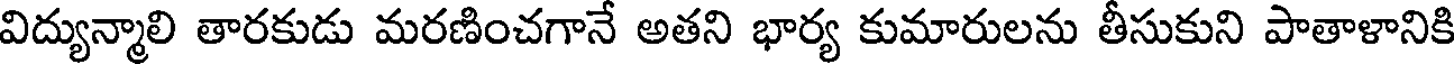
విద్యున్మాలి తారకుడు మరణించగానే అతని భార్య కుమారులను తీసుకుని పాతాళానికి